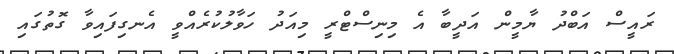
ރައީސް އަބްދު ޔާމީން އަދީބާ އެ މިނިސްޓްރީ މިއަދު ހަވާލުކުރެއްވީ އެނގިފައިވާ ގޮތުގައި